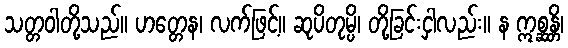
သတ္တဝါတို့သည်။ ဟတ္တေန၊ လက်ဖြင့်။ ဆုပိတုမ္ပိ၊ တို့ခြင်းငှါလည်း။ န ဣစ္ဆန္တိ၊